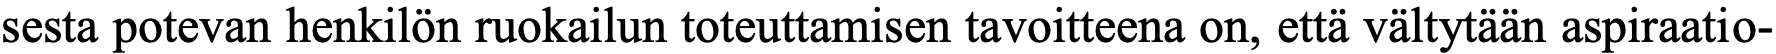
sesta potevan henkilön ruokailun toteuttamisen tavoitteena on, että vältytään aspiraatio-